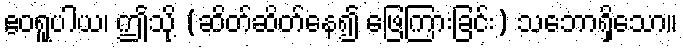
ဧဝရူပါယ၊ ဤသို့ (ဆိတ်ဆိတ်နေ၍ ဖြေကြားခြင်း) သဘောရှိသော။